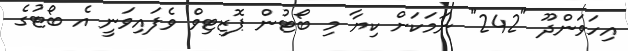
އިހަވަންދޫ "242" ނަމަކަށް ކިޔާ މި ބޯޓުން ޕޮޒިޓިވް ވެފައިވަނީ އެ ބޯޓުގެ